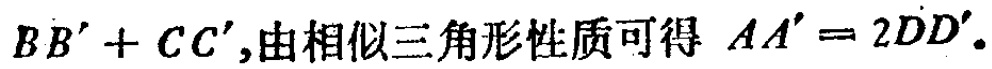
$BB'+CC'$,由相似三角形性质可得 $AA' = 2DD'.$